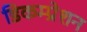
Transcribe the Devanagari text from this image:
डिकम्प्रेशन